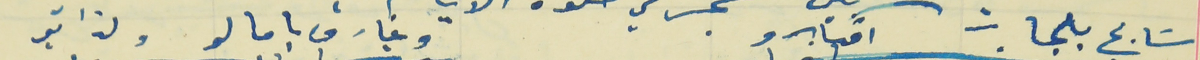
سَابح بلمحات افكارو                                                 وغارق بامالو ولذاتو